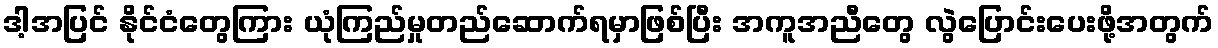
ဒါ့အပြင် နိုင်ငံတွေကြား ယုံကြည်မှုတည်ဆောက်ရမှာဖြစ်ပြီး အကူအညီတွေ လွဲပြောင်းပေးဖို့အတွက်